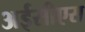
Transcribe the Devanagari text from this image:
अईसीएस